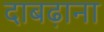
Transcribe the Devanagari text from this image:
दाबढ़ाना